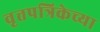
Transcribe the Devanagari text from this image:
वृत्तपत्रिकेच्या